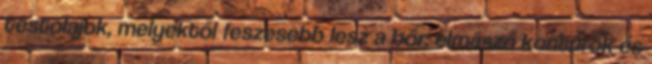
testolajok, melyektől feszesebb lesz a bőr: elmászó kontúrok és